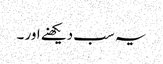
یہ سب دیکھنے اور ۔